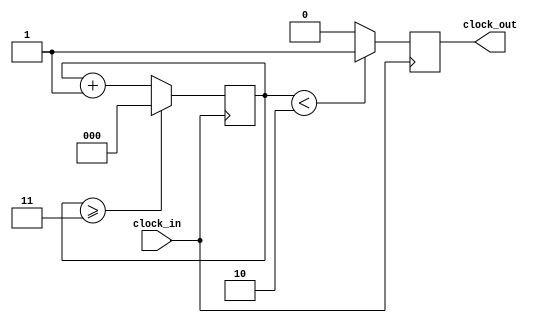
`timescale 1ns / 1ps
//////////////////////////////////////////////////////////////////////////////////
// Company: 
// Engineer: 
// 
// Design Name: 
// Module Name: Clock_divider
// Project Name: 
// Target Devices: 
// Tool Versions: 
// Description: 
// 
// Dependencies: 
// 
// Revision:
// Revision 0.01 - File Created
// Additional Comments:
// 
//////////////////////////////////////////////////////////////////////////////////


module Clock_divider(clock_in, clock_out);
    input clock_in;
    output reg clock_out;
    reg[2:0] counter = 3'b0;
    
    parameter DIVISOR = 100 / 25;
    
    always @(posedge clock_in)
    
    begin
    counter <= counter + 1'b1;
    if(counter>=(DIVISOR-1))
    counter <= 3'b0;
    clock_out <= (counter<DIVISOR/2) ? 1'b1:1'b0;
    end
    
endmodule